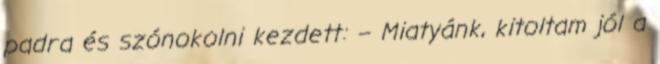
padra és szónokolni kezdett: – Miatyánk, kitoltam jól a